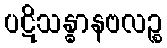
ပဋိသန္ဓာနဗလဉ္စ